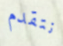
نتقدم